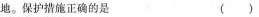
地。保护措施正确的是 ()